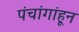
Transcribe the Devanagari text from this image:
पंचांगांहून